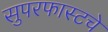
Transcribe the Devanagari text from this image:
सुपरफास्टचे